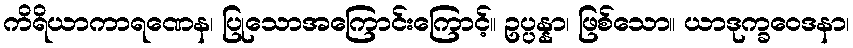
ကိရိယာကာရဏေန၊ ပြုသောအကြောင်းကြောင့်။ ဥပ္ပန္နာ၊ ဖြစ်သော။ ယာဒုက္ခဝေဒနာ၊